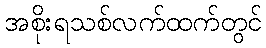
အစိုးရသစ်လက်ထက်တွင်